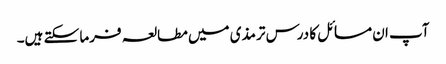
آپ ان مسائل کا درس ترمذی میں مطالعہ فرما سکتے ہیں۔